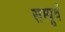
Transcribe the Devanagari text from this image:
सम्पूर्व